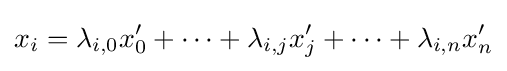
x_{i}=\lambda _{i,0}x'_{0}+\dots +\lambda _{i,j}x'_{j}+\dots +\lambda _{i,n}x'_{n}